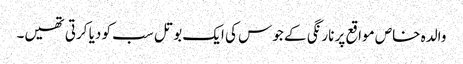
والدہ خاص مواقع پر نارنگی کے جوس کی ایک بوتل سب کو دیا کرتی تھیں۔